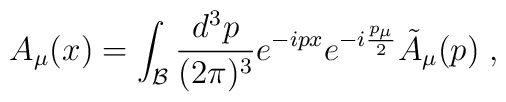
A_\mu (x) = \int_{\cal B} {\frac {d^3p}{(2\pi)^3}} e^{-i px} e^{-i {\frac{p_{\mu}}{2}}}{\tilde  A}_{\mu}(p) \;,